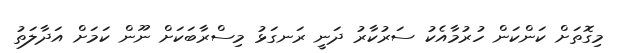
މިގޮތަށް ކަންކަން ހުރުމާއެކު ސަރުކާރު ދަނީ ރަނގަޅު މިސްރާބަކަށް ނޫން ކަމަށް އަދާލަތު